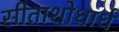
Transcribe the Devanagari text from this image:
सीताशोधार्ध